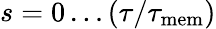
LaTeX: s=0\dots(\tau/\tau_{\mathrm{mem}})